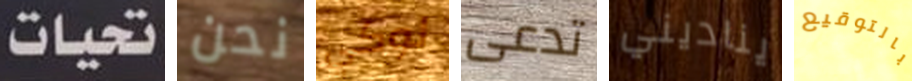
تحيات نحن لوكي تدعى يناديني بالتوقيع